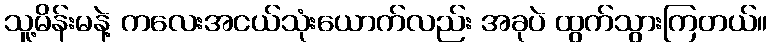
သူ့မိန်းမနဲ့ ကလေးအငယ်သုံးယောက်လည်း အခုပဲ ထွက်သွားကြတယ်။